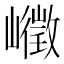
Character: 𰎾